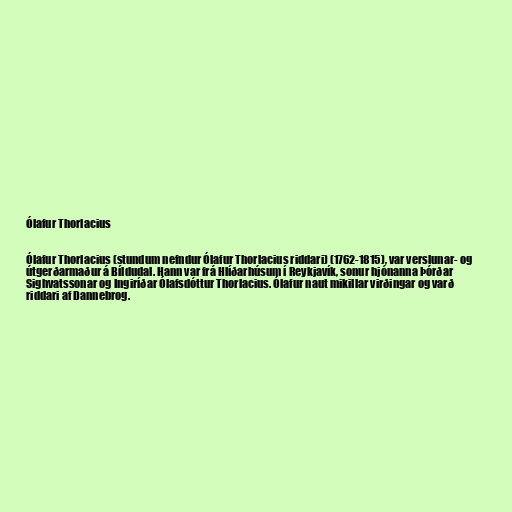
Ólafur Thorlacius

Ólafur Thorlacius (stundum nefndur Ólafur Thorlacius riddari) (1762-1815), var verslunar- og
útgerðarmaður á Bíldudal. Hann var frá Hlíðarhúsum í Reykjavík, sonur hjónanna Þórðar
Sighvatssonar og Ingiríðar Ólafsdóttur Thorlacius. Ólafur naut mikillar virðingar og varð
riddari af Dannebrog.